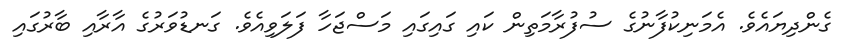
ގެންދިޔައެވެ. އެމަނިކުފާނުގެ ސުފުރާމަތިން ކައި ގަައިގައި މަސްޖަހާ ފަލަވިއެވެ. ގަނޑުވަރުގެ އާރާއި ބާރުގައި